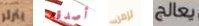
يثرثر أصدقه لزمن يعالج